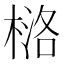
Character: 𪳅